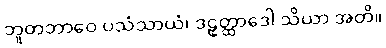
ဘူတဘာဝေ ပသံသာယံ၊ ဒဠှတ္ထာဒေါ သိယာ အတိ။